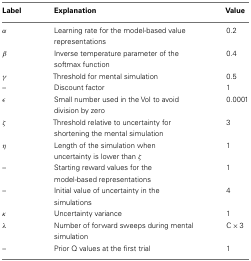
<table><thead><tr><td><b>Label</b></td><td><b>Explanation</b></td><td><b>Value</b></td></tr></thead><tbody><tr><td><i>α</i></td><td>Learning rate for the model-based value representations</td><td>0.2</td></tr><tr><td><i>β</i></td><td>Inverse temperature parameter of the softmax function</td><td>0.4</td></tr><tr><td><i>γ</i></td><td>Threshold for mental simulation</td><td>0.5</td></tr><tr><td>–</td><td>Discount factor</td><td>1</td></tr><tr><td>ε</td><td>Small number used in the VoI to avoid division by zero</td><td>0.0001</td></tr><tr><td><i>ζ</i></td><td>Threshold relative to uncertainty for shortening the mental simulation</td><td>3</td></tr><tr><td><i>η</i></td><td>Length of the simulation when uncertainty is lower than <i>ζ</i></td><td>1</td></tr><tr><td>–</td><td>Starting reward values for the model-based representations</td><td>1</td></tr><tr><td>–</td><td>Initial value of uncertainty in the simulations</td><td>4</td></tr><tr><td>κ</td><td>Uncertainty variance</td><td>1</td></tr><tr><td><i>λ</i></td><td>Number of forward sweeps during mental simulation</td><td>C × 3</td></tr><tr><td>–</td><td>Prior Q values at the first trial</td><td>1</td></tr></tbody></table>